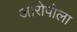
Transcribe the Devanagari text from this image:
आरोपीला